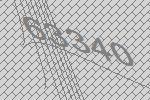
63340